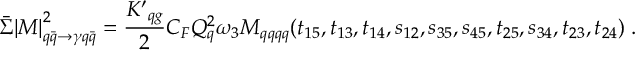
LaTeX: \bar { \Sigma } { | M | } _ { q \bar { q } \rightarrow \gamma q \bar { q } } ^ { 2 } = { \frac { { K ^ { \prime } } _ { q g } } { 2 } } C _ { F } Q _ { q } ^ { 2 } \omega _ { 3 } M _ { q q q q } ( t _ { 1 5 } , t _ { 1 3 } , t _ { 1 4 } , s _ { 1 2 } , s _ { 3 5 } , s _ { 4 5 } , t _ { 2 5 } , s _ { 3 4 } , t _ { 2 3 } , t _ { 2 4 } ) \; .